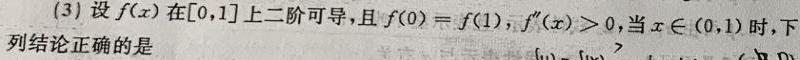
(3) 设$f(x)$在$[0,1]$上二阶可导，且$f(0)=f(1)$，$f''(x)>0$，当$x\in(0,1)$时，下列结论正确的是